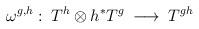
LaTeX: \begin{align*}\omega^{g,h}: \: T^h \otimes h^* T^g \: \longrightarrow \: T^{gh}\end{align*}